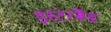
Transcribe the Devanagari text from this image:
इस्टरबैंड